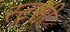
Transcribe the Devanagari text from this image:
स्ट्रसी